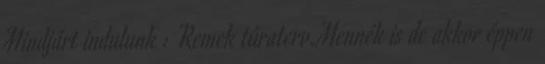
Mindjárt indulunk : Remek túraterv.Mennék is de akkor éppen